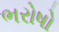
ભરોષો